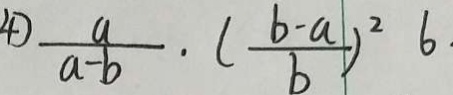
4 ) \frac { a } { a - b } \cdot ( \frac { b - a } { b } ) ^ { 2 } b